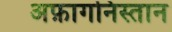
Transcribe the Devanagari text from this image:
अफ़ागनिस्तान